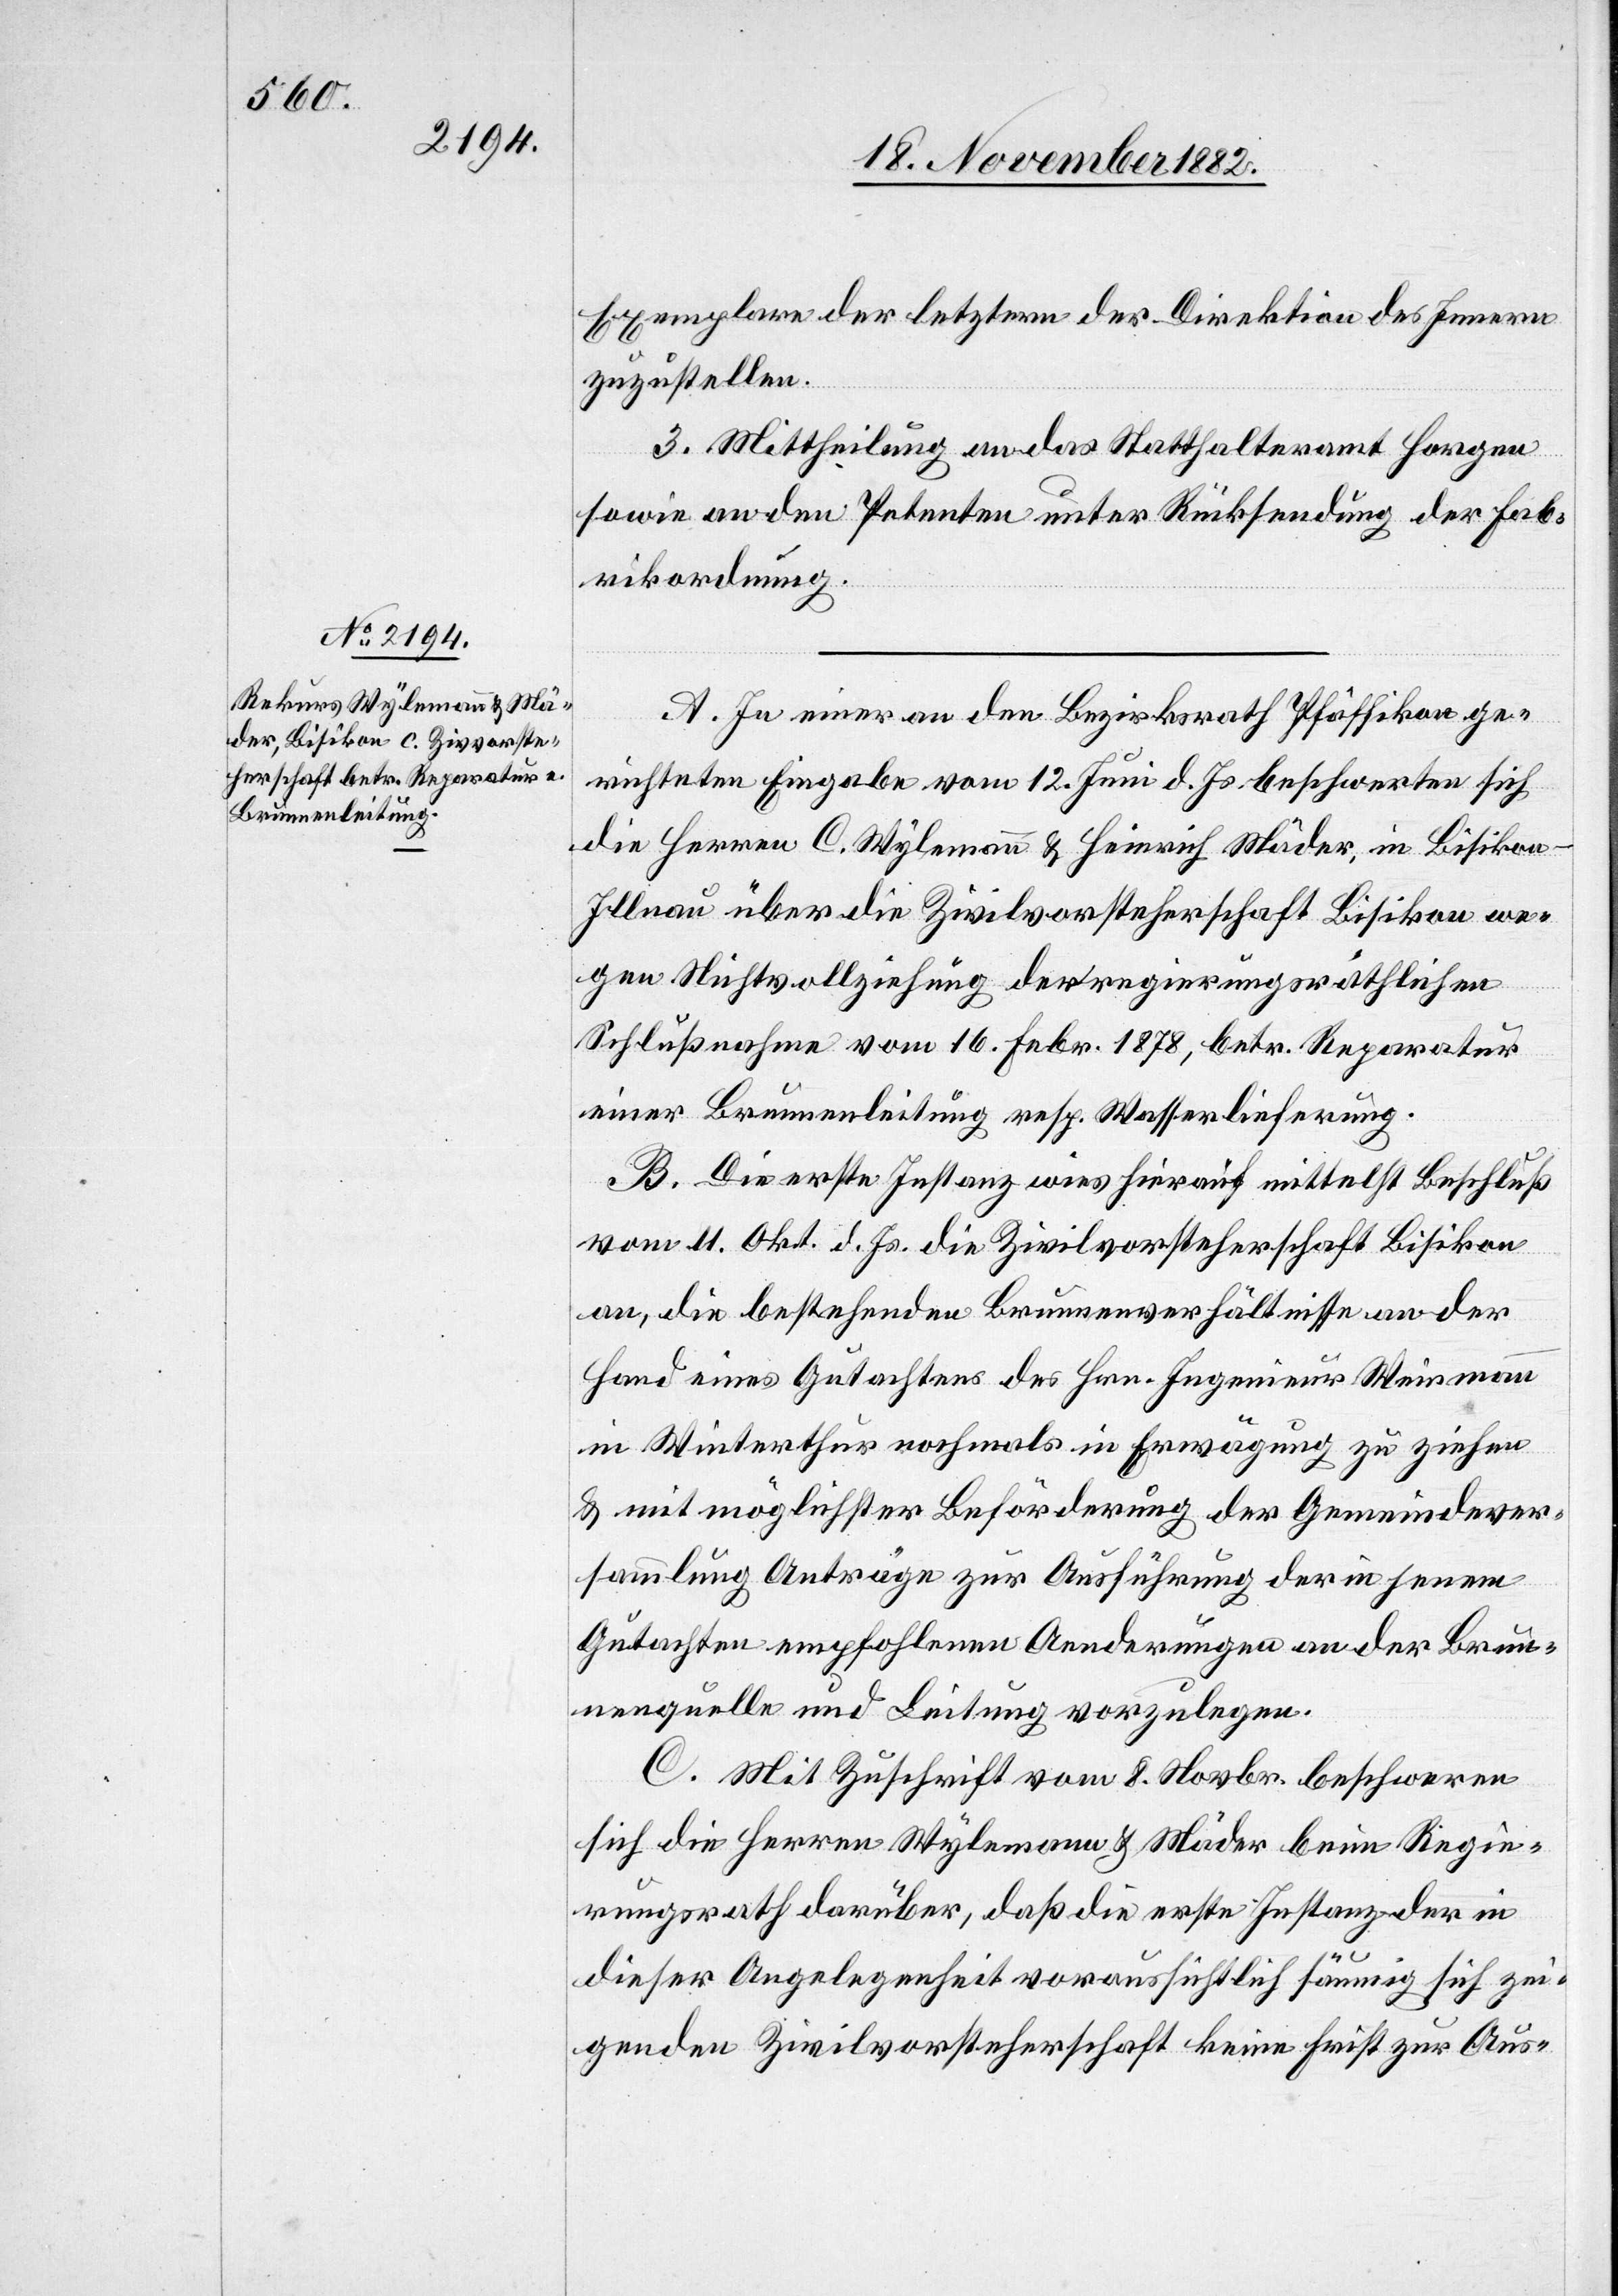
Exemplare der letztern der Direktion des Innern
zuzustellen.
3. Mittheilung an das Statthalteramt Horgen
sowie an den Petenten unter Rücksendung der Fab¬
rikordnung.
A. In einer an den Bezirksrath Pfäffikon ge¬
richteten Eingabe vom 12. Juni d. Js. beschwerten sich
die Herren C. Wylemann & Heinrich Mäder, in Bisikon
Illnau über die Zivilvorsteherschaft Bisikon we¬
gen Nichtvollziehung der regierungsräthlichen
Schlußnahme vom 16. Febr. 1878, betr. Reparatur
einer Brunnenleitung resp. Wasserlieferung.
B. Die erste Instanz wies hierauf mittelst Beschluß
vom 11. Okt. d. Js. die Zivilvorsteherschaft Bisikon
an, die bestehenden Brunnenverhältnisse an der
Hand eines Gutachtens des Hrn. Ingenieur Weinmann
in Winterthur nochmals in Erwägung zu ziehen
& mit möglichster Beförderung der Gemeindever¬
sammlung Anträge zur Ausführung der in jenem
Gutachten empfohlenen Aenderungen an der Brun¬
nenquelle und Leitung vorzulegen.
C. Mit Zuschrift vom 8. Novbr. beschweren
sich die Herren Wylemann & Mäder beim Regie¬
rungsrath darüber daß die erste Instanz der in
dieser Angelegenheit voraussichtlich säumig sich zei¬
genden Zivilvorsteherschaft keine Frist zur Aus-